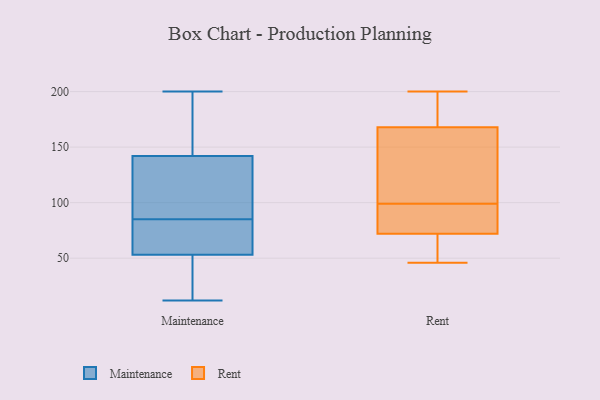
{"axis": {"x": "Inventory Turnover", "y": "Value"}, "legend": ["Maintenance", "Rent"], "data": [{"x": "", "y": 163, "type": "Maintenance"}, {"x": "", "y": 196, "type": "Maintenance"}, {"x": "", "y": 94, "type": "Maintenance"}, {"x": "", "y": 12, "type": "Maintenance"}, {"x": "", "y": 150, "type": "Maintenance"}, {"x": "", "y": 89, "type": "Maintenance"}, {"x": "", "y": 81, "type": "Maintenance"}, {"x": "", "y": 134, "type": "Maintenance"}, {"x": "", "y": 41, "type": "Maintenance"}, {"x": "", "y": 124, "type": "Maintenance"}, {"x": "", "y": 21, "type": "Maintenance"}, {"x": "", "y": 101, "type": "Maintenance"}, {"x": "", "y": 74, "type": "Maintenance"}, {"x": "", "y": 33, "type": "Maintenance"}, {"x": "", "y": 69, "type": "Maintenance"}, {"x": "", "y": 40, "type": "Maintenance"}, {"x": "", "y": 200, "type": "Maintenance"}, {"x": "", "y": 65, "type": "Maintenance"}, {"x": "", "y": 168, "type": "Maintenance"}, {"x": "", "y": 78, "type": "Maintenance"}, {"x": "", "y": 125, "type": "Rent"}, {"x": "", "y": 72, "type": "Rent"}, {"x": "", "y": 200, "type": "Rent"}, {"x": "", "y": 168, "type": "Rent"}, {"x": "", "y": 60, "type": "Rent"}, {"x": "", "y": 104, "type": "Rent"}, {"x": "", "y": 75, "type": "Rent"}, {"x": "", "y": 169, "type": "Rent"}, {"x": "", "y": 46, "type": "Rent"}, {"x": "", "y": 94, "type": "Rent"}]}